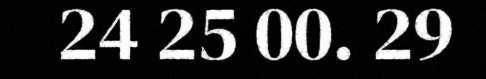
24 25 00. 29